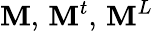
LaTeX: \mathbf{M},\, \mathbf{M}^{t},\, \mathbf{M}^{L}